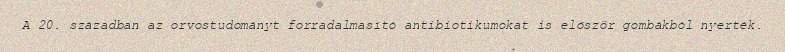
A 20. században az orvostudományt forradalmasító antibiotikumokat is először gombákból nyerték.